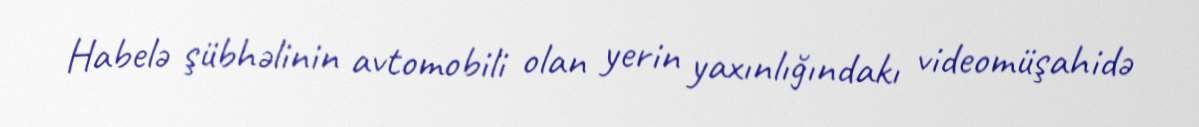
Habelə şübhəlinin avtomobili olan yerin yaxınlığındakı videomüşahidə